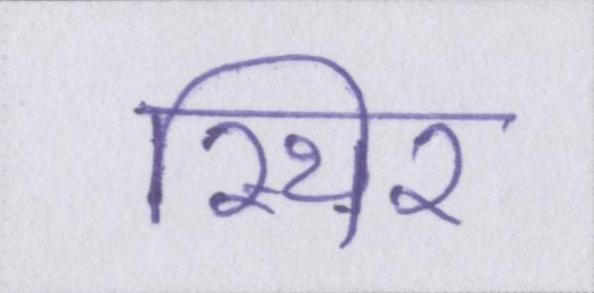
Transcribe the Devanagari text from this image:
स्थिर